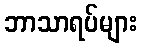
ဘာသာရပ်များ